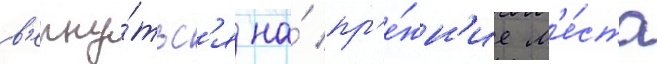
в'ерну́тьс'я на́ пр'е́жн'ие м'е́ста